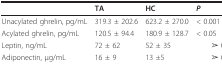
<table><thead><tr><td></td><td><b>TA</b></td><td><b>HC</b></td><td><b><i>P</i></b></td></tr></thead><tbody><tr><td>Unacylated ghrelin, pg/mL</td><td>319.3 ± 202.6</td><td>623.2 ± 270.0</td><td>&lt; 0.001</td></tr><tr><td>Acylated ghrelin, pg/mL</td><td>120.5 ± 94.4</td><td>180.9 ± 128.7</td><td>&lt; 0.05</td></tr><tr><td>Leptin, ng/mL</td><td>72 ± 62</td><td>52 ± 35</td><td> ➢ 0.05</td></tr><tr><td>Adiponectin, μg/mL</td><td>16 ± 9</td><td>13 ±5</td><td> ➢ 0.05</td></tr></tbody></table>